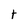
Character: t